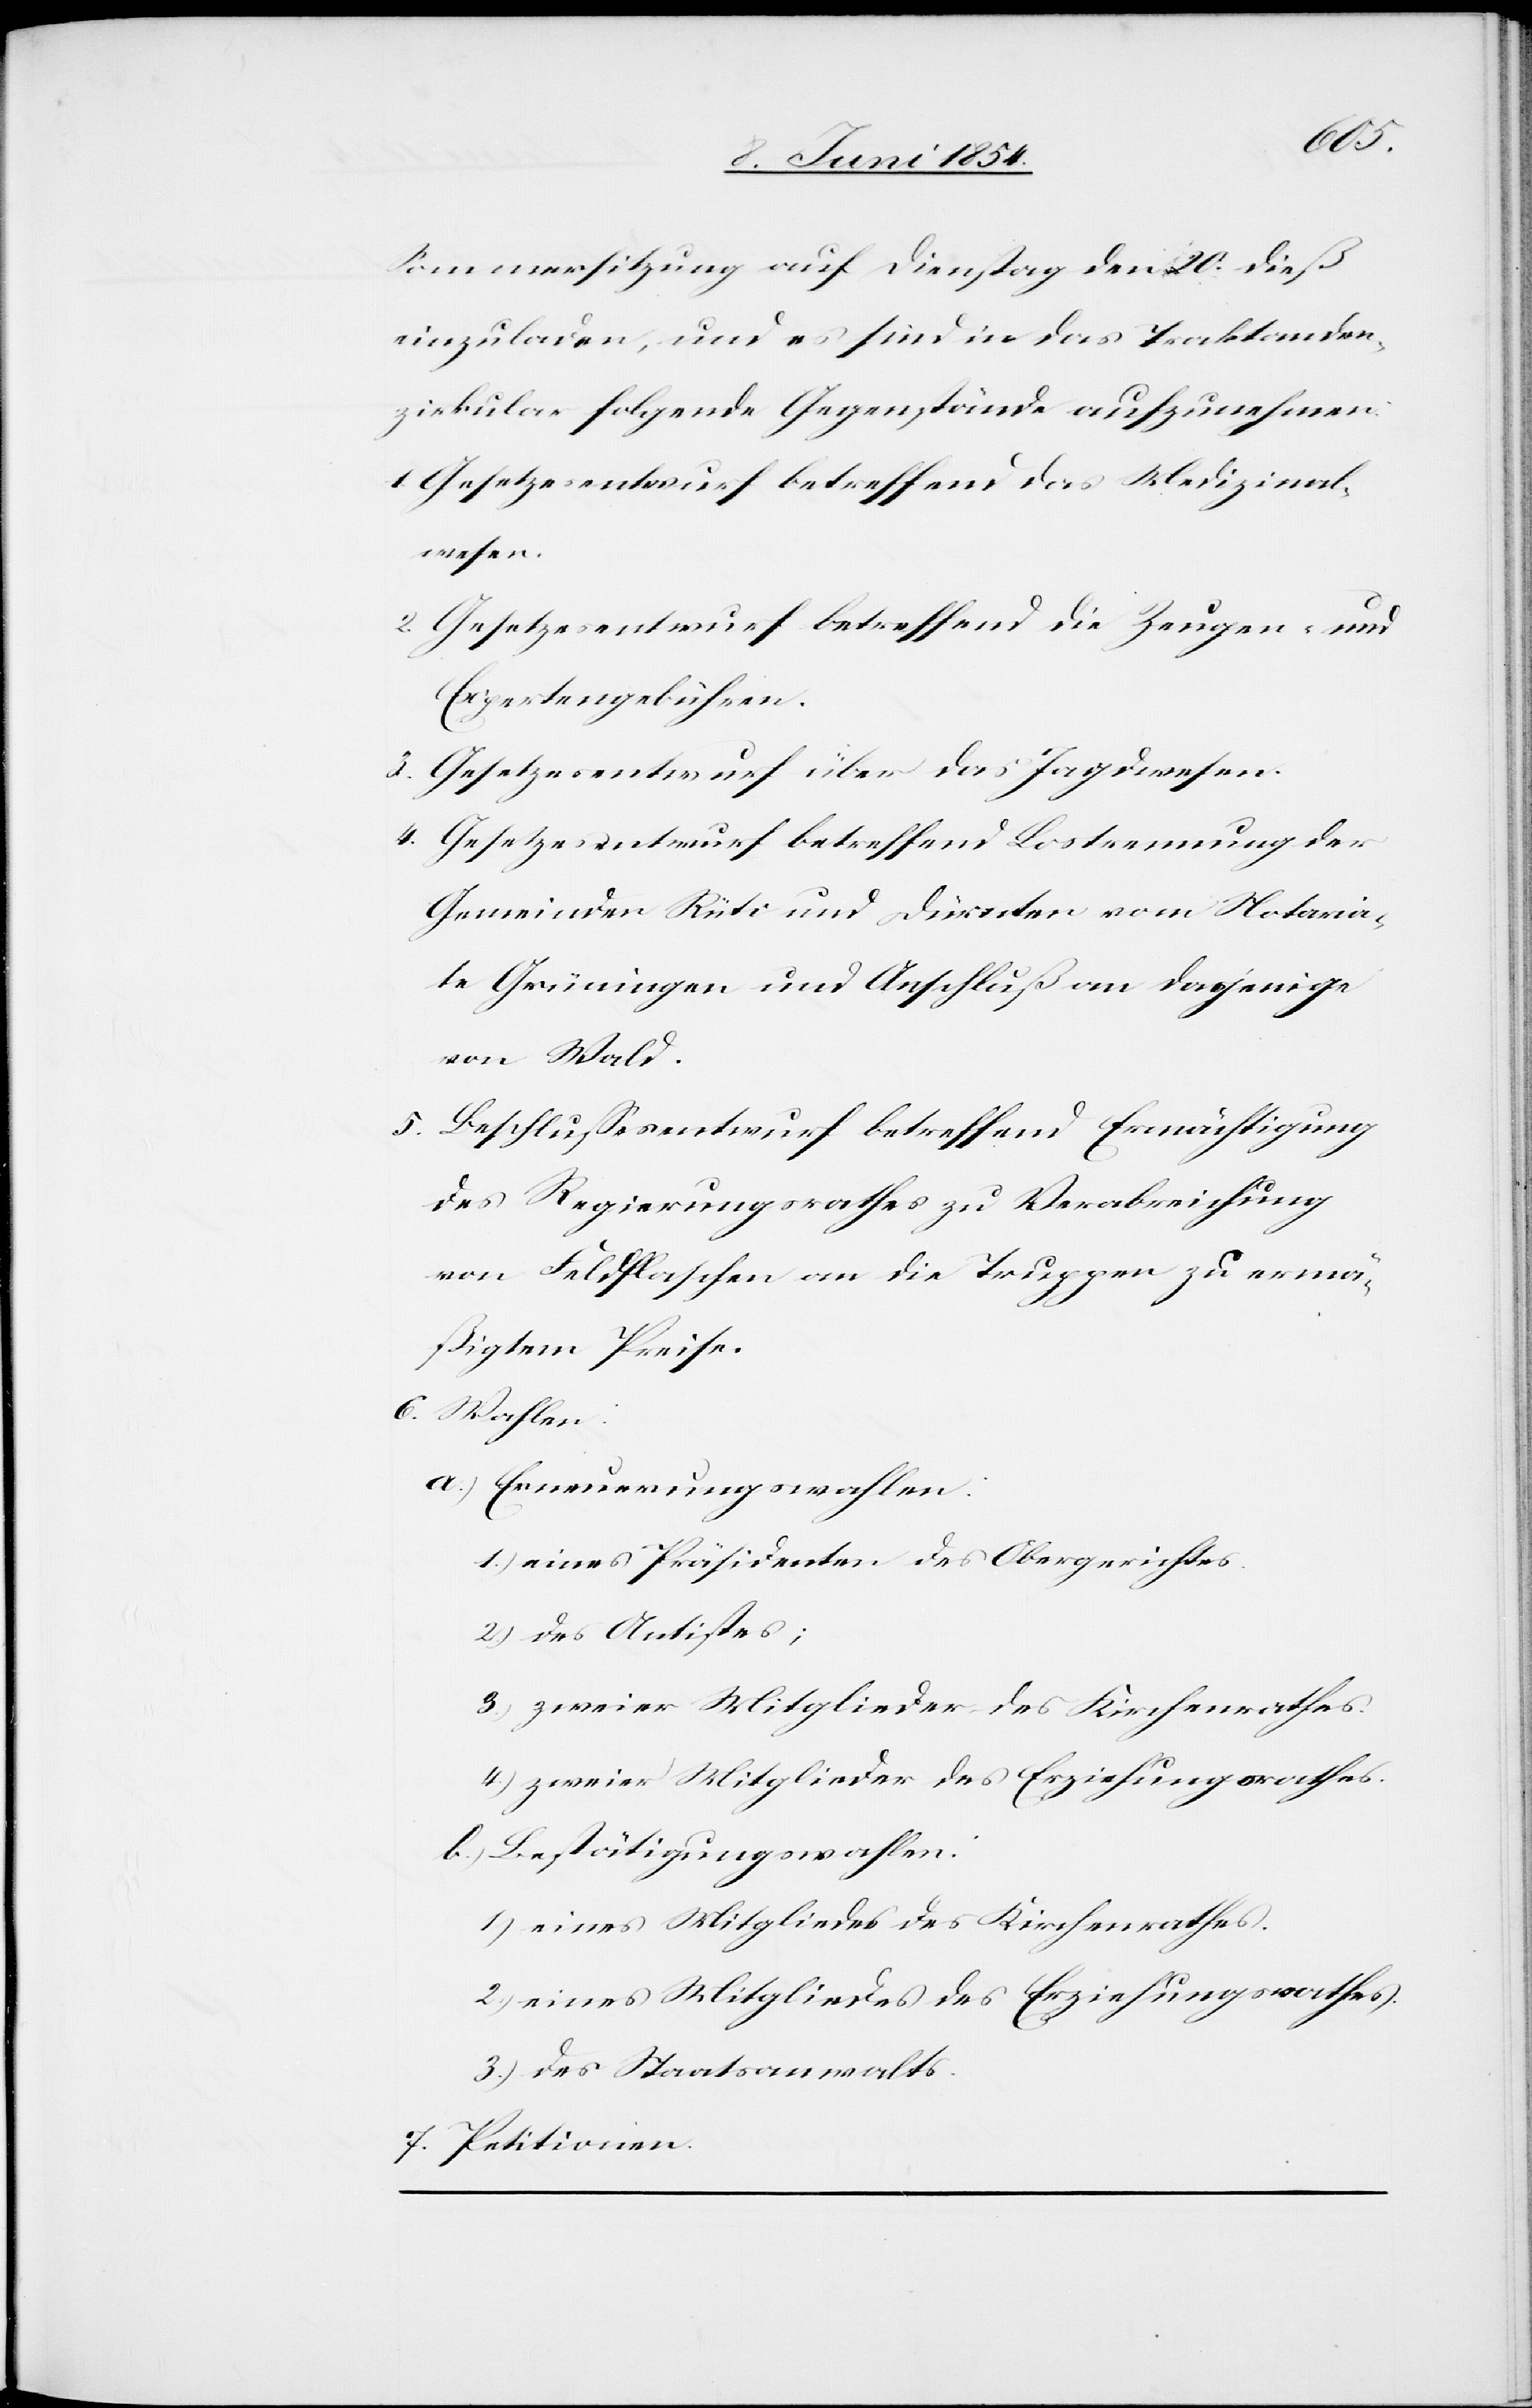
Sommersitzung auf Dienstag den 20. dieß
einzuladen, und es sind in das Traktanden¬
zirkular folgende Gegenstände aufzunehmen:
1. Gesetzesentwurf betreffend das Medizinal¬
wesen.
2. Gesetzesentwurf betreffend die Zeugen- und
Expertengebühren.
3. Gesetzesentwurf über das Jagdwesen.
4. Gesetzesentwurf betreffend Lostrennung der
Gemeinden Rüti und Dürnten vom Notaria¬
te Grüningen und Anschluß an dasjenige
von Wald.
5. Beschlußesentwurf betreffend Ermächtigung
des Regierungsrathes zu Verabreichung
von Feldflaschen an die Truppen zu ermä¬
ßigtem Preise.
6. Wahlen:
a.) Erneuerungswahlen:
1.) eines Präsidenten des Obergerichtes.
2.) des Antistes;
3.) zweier Mitglieder des Kirchenrathes.
4.) zweier Mitglieder des Erziehungsrathes.
b.) Bestätigungswahlen:
1.) eines Mitgliedes des Kirchenrathes.
2.) eines Mitgliedes des Erziehungsrathes.
3.) des Staatsanwalts.
7. Petitionen.